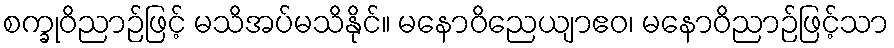
စက္ခုဝိညာဉ်ဖြင့် မသိအပ်မသိနိုင်။ မနောဝိညေယျာဧဝ၊ မနောဝိညာဉ်ဖြင့်သာ